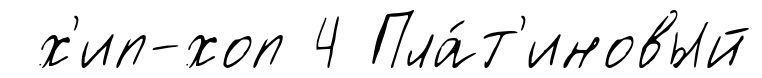
х'ип-хоп 4 Пла́т'иновый